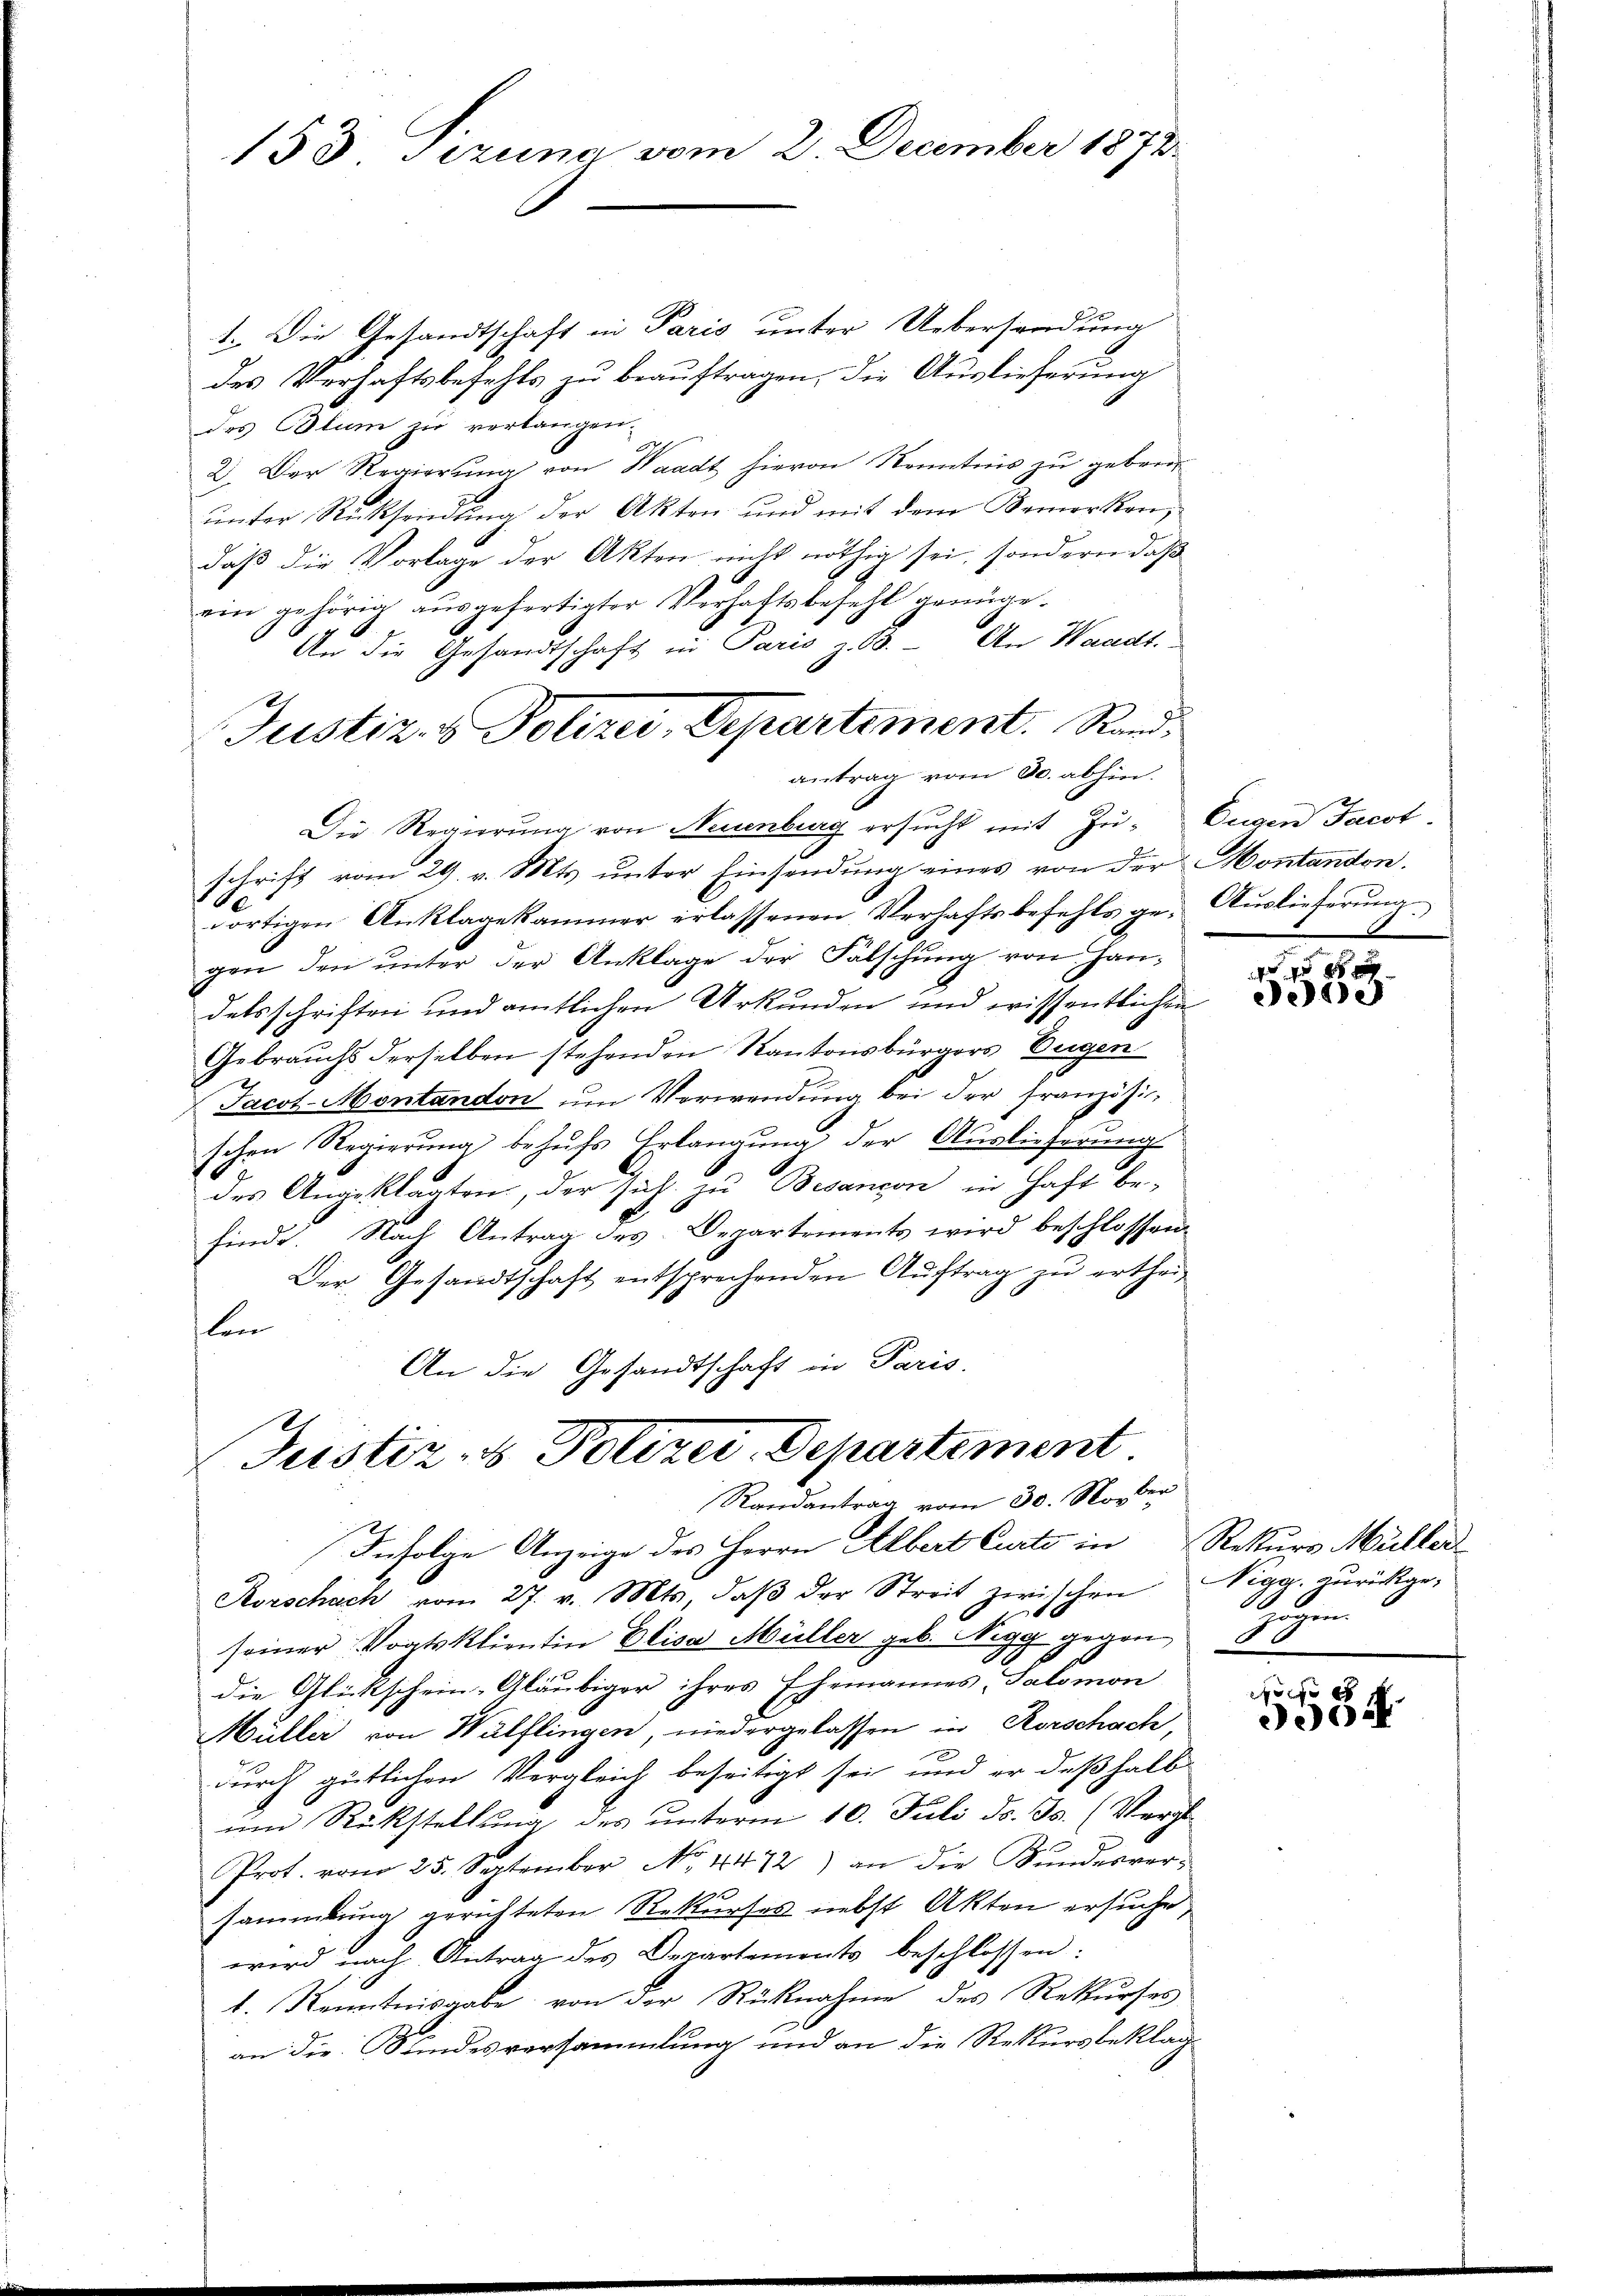
153 Jezung vom 2. December 1872.

1. Die Gesandtschaft in Paris unter Uebersendung
des Verhaftsbefehls zu beauftragen, die Auslieferung
des Colum zu verlangen.
A
2. Der Regierung von Waadt hievon Kenntnis zu geben
unter Rücksendung der Akten und mit dem Bemerken,
daß die Vorlage der Akten nicht nöthig sei, sondern daß
ein gehörig aŭsgefertigter Verhaftsbefehl genüge.
.
An die Gesandtschaft in Paris z. B. An Waadt.
antrag vom 30. abhin.
Die Regierŭng von Neuenburg ersŭcht mit Zŭ- Eugen Facot
schrift vom 29. v. Mts. unter Einsendung eines von der Montanton,
.
dortigen Anklagekammer erlassenen Verhaftsbefehls ge-Aŭslieferŭng
gen den ŭnter der Anklage der Fälschŭng von Han-
detsschriften und amtlichen Urkunden und wissentlichen
Gebrauchs derselben stehenden Kantonsbürgers Eugen
Jacot-Montandon um Verwendung bei der französischen Regierung behŭfs Erlangung der Auslieferung
des Angeklagten, der sich zu Besançon in Haft be-
finde. Nach Antrag des Departements wird beschlossen:
Der Gesandtschaft entsprechenden Auftrag zu ertheilon
An die Gesandtschaft in Paris.

Justiz- & Polizei, Departement. Sand¬

Justiz - Polizei. Departement.
Randantrag vom 30. Norder

Infolge Anzeige des Herrn Albert Curti in Rekurs Müller
Korschach vom 27. v. Mts., daβ der Streit zwischen Nigg. zurückget
seiner Vogtsklientin Elisa Müller geb. Nigg gegen
die Glückschein-Gläubiger ihres Ehemannes, Salomon
Müller von Wülflingen, niedergelassen in Rorschach,
durch gütlichen Vergleich beseitigt sei, und er deßhalb
um Rückstellung, des unterm 10. Juli d. Js. (Verg
Prot. vom 25. September No. 4472) an die Kŭndesver-
sammlung gerichteten Rekurses nebst Akten ersuche,
wird nach Antrag des Departements beschlossen:
t. Kenntnisgabe von der Rücknahme des Rekurses
an die Bundesversammlung und an die Rekursbeklag

ee

ugen.
80

1 f 0 x
300